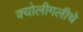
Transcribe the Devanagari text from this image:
क्योलीगलीचे